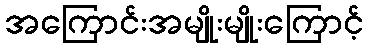
အကြောင်းအမျိုးမျိုးကြောင့်